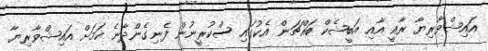
އައިޝްވާރިޔާ ރާއީ އާއި އަބީޝެކް ބައްޗަން އެކުގައި ސްކުރީނުން ފެނިގެންދާނެ ކަމަށް އައިޝްވާރިޔާ